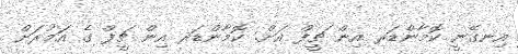
އިނގޭނީ ކޮމާންޑަރ އިން ޗީފް އަށް. ކޮމާންޑަރ އިން ޗީފް ގެ އަމުރަށް